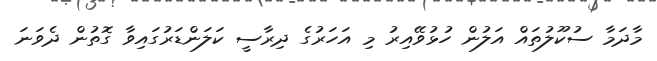
މާދަމާ ސުކޫލުތައް އަލުން ހުޅުވޭއިރު މި އަހަރުގެ ދިރާސީ ކަލަންޑަރުގައިވާ ގޮތުން ދެވަނަ